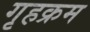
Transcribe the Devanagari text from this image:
गृहक्रम